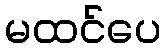
မထင်ပေ